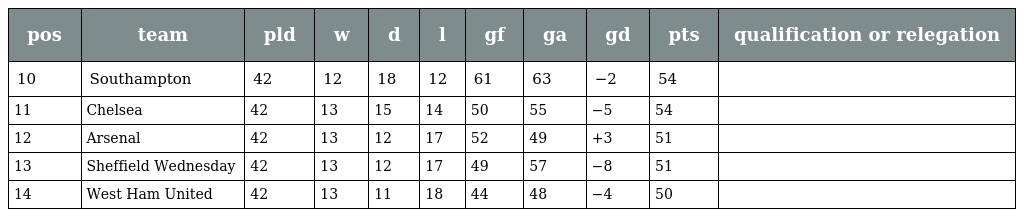
| pos | team | pld | w | d | l | gf | ga | gd | pts | qualification or relegation |
 | --- | --- | --- | --- | --- | --- | --- | --- | --- | --- | --- |
 | 10 | Southampton | 42 | 12 | 18 | 12 | 61 | 63 | −2 | 54 |  |
 | 11 | Chelsea | 42 | 13 | 15 | 14 | 50 | 55 | −5 | 54 |  |
 | 12 | Arsenal | 42 | 13 | 12 | 17 | 52 | 49 | +3 | 51 |  |
 | 13 | Sheffield Wednesday | 42 | 13 | 12 | 17 | 49 | 57 | −8 | 51 |  |
 | 14 | West Ham United | 42 | 13 | 11 | 18 | 44 | 48 | −4 | 50 |  |